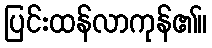
ပြင်းထန်လာကုန်၏။